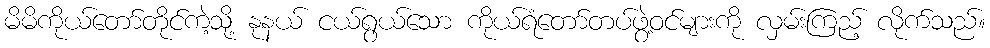
မိမိကိုယ်တော်တိုင်ကဲ့သို့ နုနယ် ငယ်ရွယ်သော ကိုယ်ရံတော်တပ်ဖွဲ့ဝင်များကို လှမ်းကြည့် လိုက်သည်။